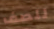
للصف